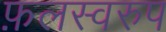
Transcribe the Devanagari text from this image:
फ़लस्वरुप